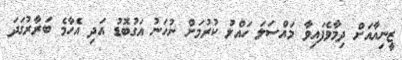
ޒީނިއާއަށް ދިމާވެފައިވާ މައްސަލަ ހައްލު ކުރުމަށް ނުހަނު އަގުބޮޑު އަދި އެހާމެ ބަރާރުގަދަ